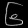
Digit: ၆